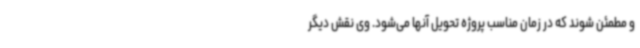
و مطمئن شوند که در زمان مناسب پروژه تحویل آنها می‌شود. وی نقش دیگر